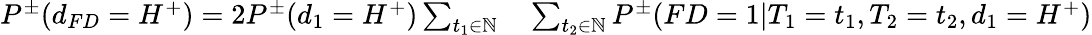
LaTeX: \begin{array}{rl}{P^{\pm}(d_{FD}=H^{+})=2P^{\pm}(d_{1}=H^{+})\sum_{t_{1}\in\mathbb{N}}}&{{}\sum_{t_{2}\in\mathbb{N}}P^{\pm}(FD=1|T_{1}=t_{1},T_{2}=t_{2},d_{1}=H^{+})}\end{array}